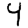
Digit: 4